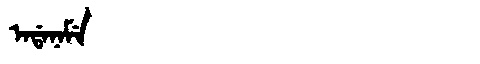
Manchu: ᠠᡩᠠᠨᠠᠮᡝ
Romanization: ADANAME